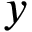
\b { y }